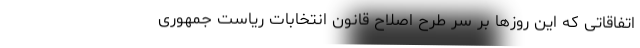
اتفاقاتی که این روزها بر سر طرح اصلاح قانون انتخابات ریاست جمهوری